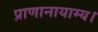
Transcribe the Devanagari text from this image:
प्राणानायाम्य।